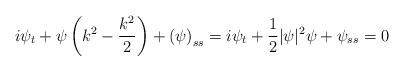
LaTeX: \begin{align*} i \psi_t + \psi \left(k^2 - \frac{k^2}{2} \right) + \left( \psi \right) _{ss} = i \psi_t + \frac{1}{2}|\psi|^2 \psi + \psi _{ss} =0\end{align*}